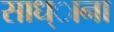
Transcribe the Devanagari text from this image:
साध्ाना